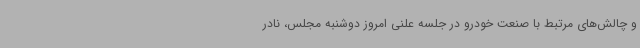
و چالش‌های مرتبط با صنعت خودرو در جلسه علنی امروز دوشنبه مجلس، نادر